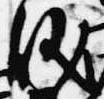
儀